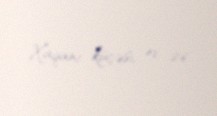
Xaqani küçəsi, ev 26